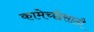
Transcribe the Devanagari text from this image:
कामेच्छेसाठी